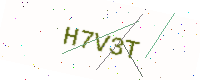
Text: H7V3T